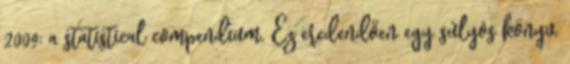
2009: a statistical compendium. Ez eredendően egy súlyos könyv,